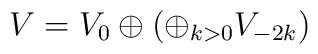
V = V_0\oplus\left(\oplus_{k>0}V_{-2k}\right)